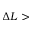
\Delta L >